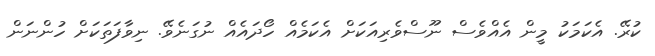
ކުރޭ. އެކަމަކު މީން އެއްވެސް ނޫސްވެރިއަކަށް އެކަމެއް ހޯދައެއް ނުގަނެވޭ. ނިވާފަތަކަށް ހުންނަން